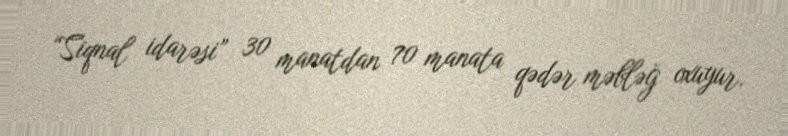
“Siqnal idarəsi” 30 manatdan 70 manata qədər məbləğ oxuyur.